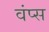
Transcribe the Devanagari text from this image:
वंप्स